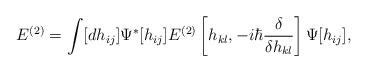
LaTeX: \begin{align*}E^{(2)}=\int[dh_{ij}]\Psi^*[h_{ij}]E^{(2)}\left[ h_{kl},-i\hbar {\delta\over\delta h_{kl}}\right]\Psi[h_{ij}],\end{align*}